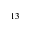
^ { 1 3 }